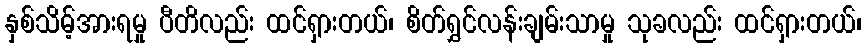
နှစ်သိမ့်အားရမှု ပီတိလည်း ထင်ရှားတယ်၊ စိတ်ရွှင်လန်းချမ်းသာမှု သုခလည်း ထင်ရှားတယ်၊